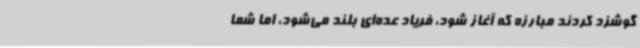
گوشزد کردند مبارزه که آغاز شود، فریاد عده‌ای بلند می‌شود، اما شما